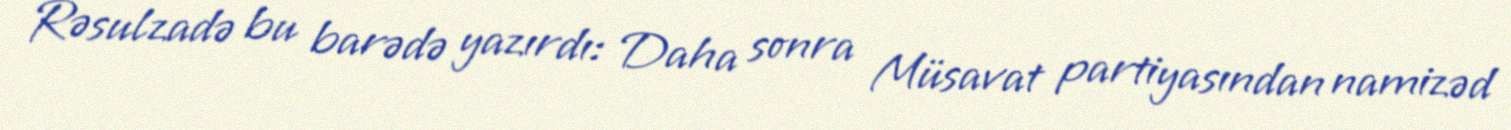
Rəsulzadə bu barədə yazırdı: Daha sonra Müsavat partiyasından namizəd